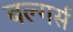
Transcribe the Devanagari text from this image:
बल्गर्स